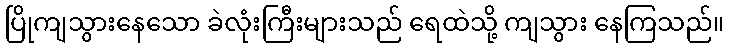
ပြိုကျသွားနေသော ခဲလုံးကြီးများသည် ရေထဲသို့ ကျသွား နေကြသည်။